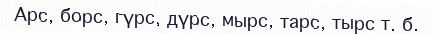
Арс, борс, гүрс, дүрс, мырс, тарс, тырс т. б.